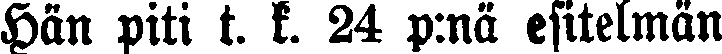
Hän piti t. k. 24 p:nä esitelmän